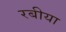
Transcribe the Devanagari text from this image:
रबीया